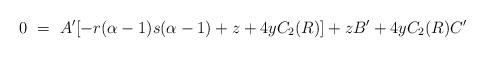
LaTeX: \begin{align*}0 ~=~ A^\prime[-r(\alpha-1)s(\alpha-1) + z + 4yC_2(R)] + zB^\prime+ 4yC_2(R)C^\prime\end{align*}